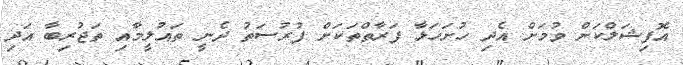
އޮފިޝަލްކަށް ވުމަށް އެދި ހުށަހަޅާ ފަރާތްތަކަށް ފުރުސަތު ދެނީ ތައުލީމާއި ތަޖުރިބާ އަދި